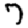
Digit: 7